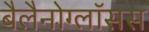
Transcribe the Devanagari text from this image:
बैलैनोग्लॉसस